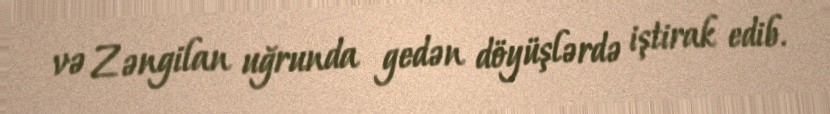
və Zəngilan uğrunda gedən döyüşlərdə iştirak edib.